DOW-UAP-D3, Mission Report, Arabian Gulf, 2020
Agency: Department of War
Page 5
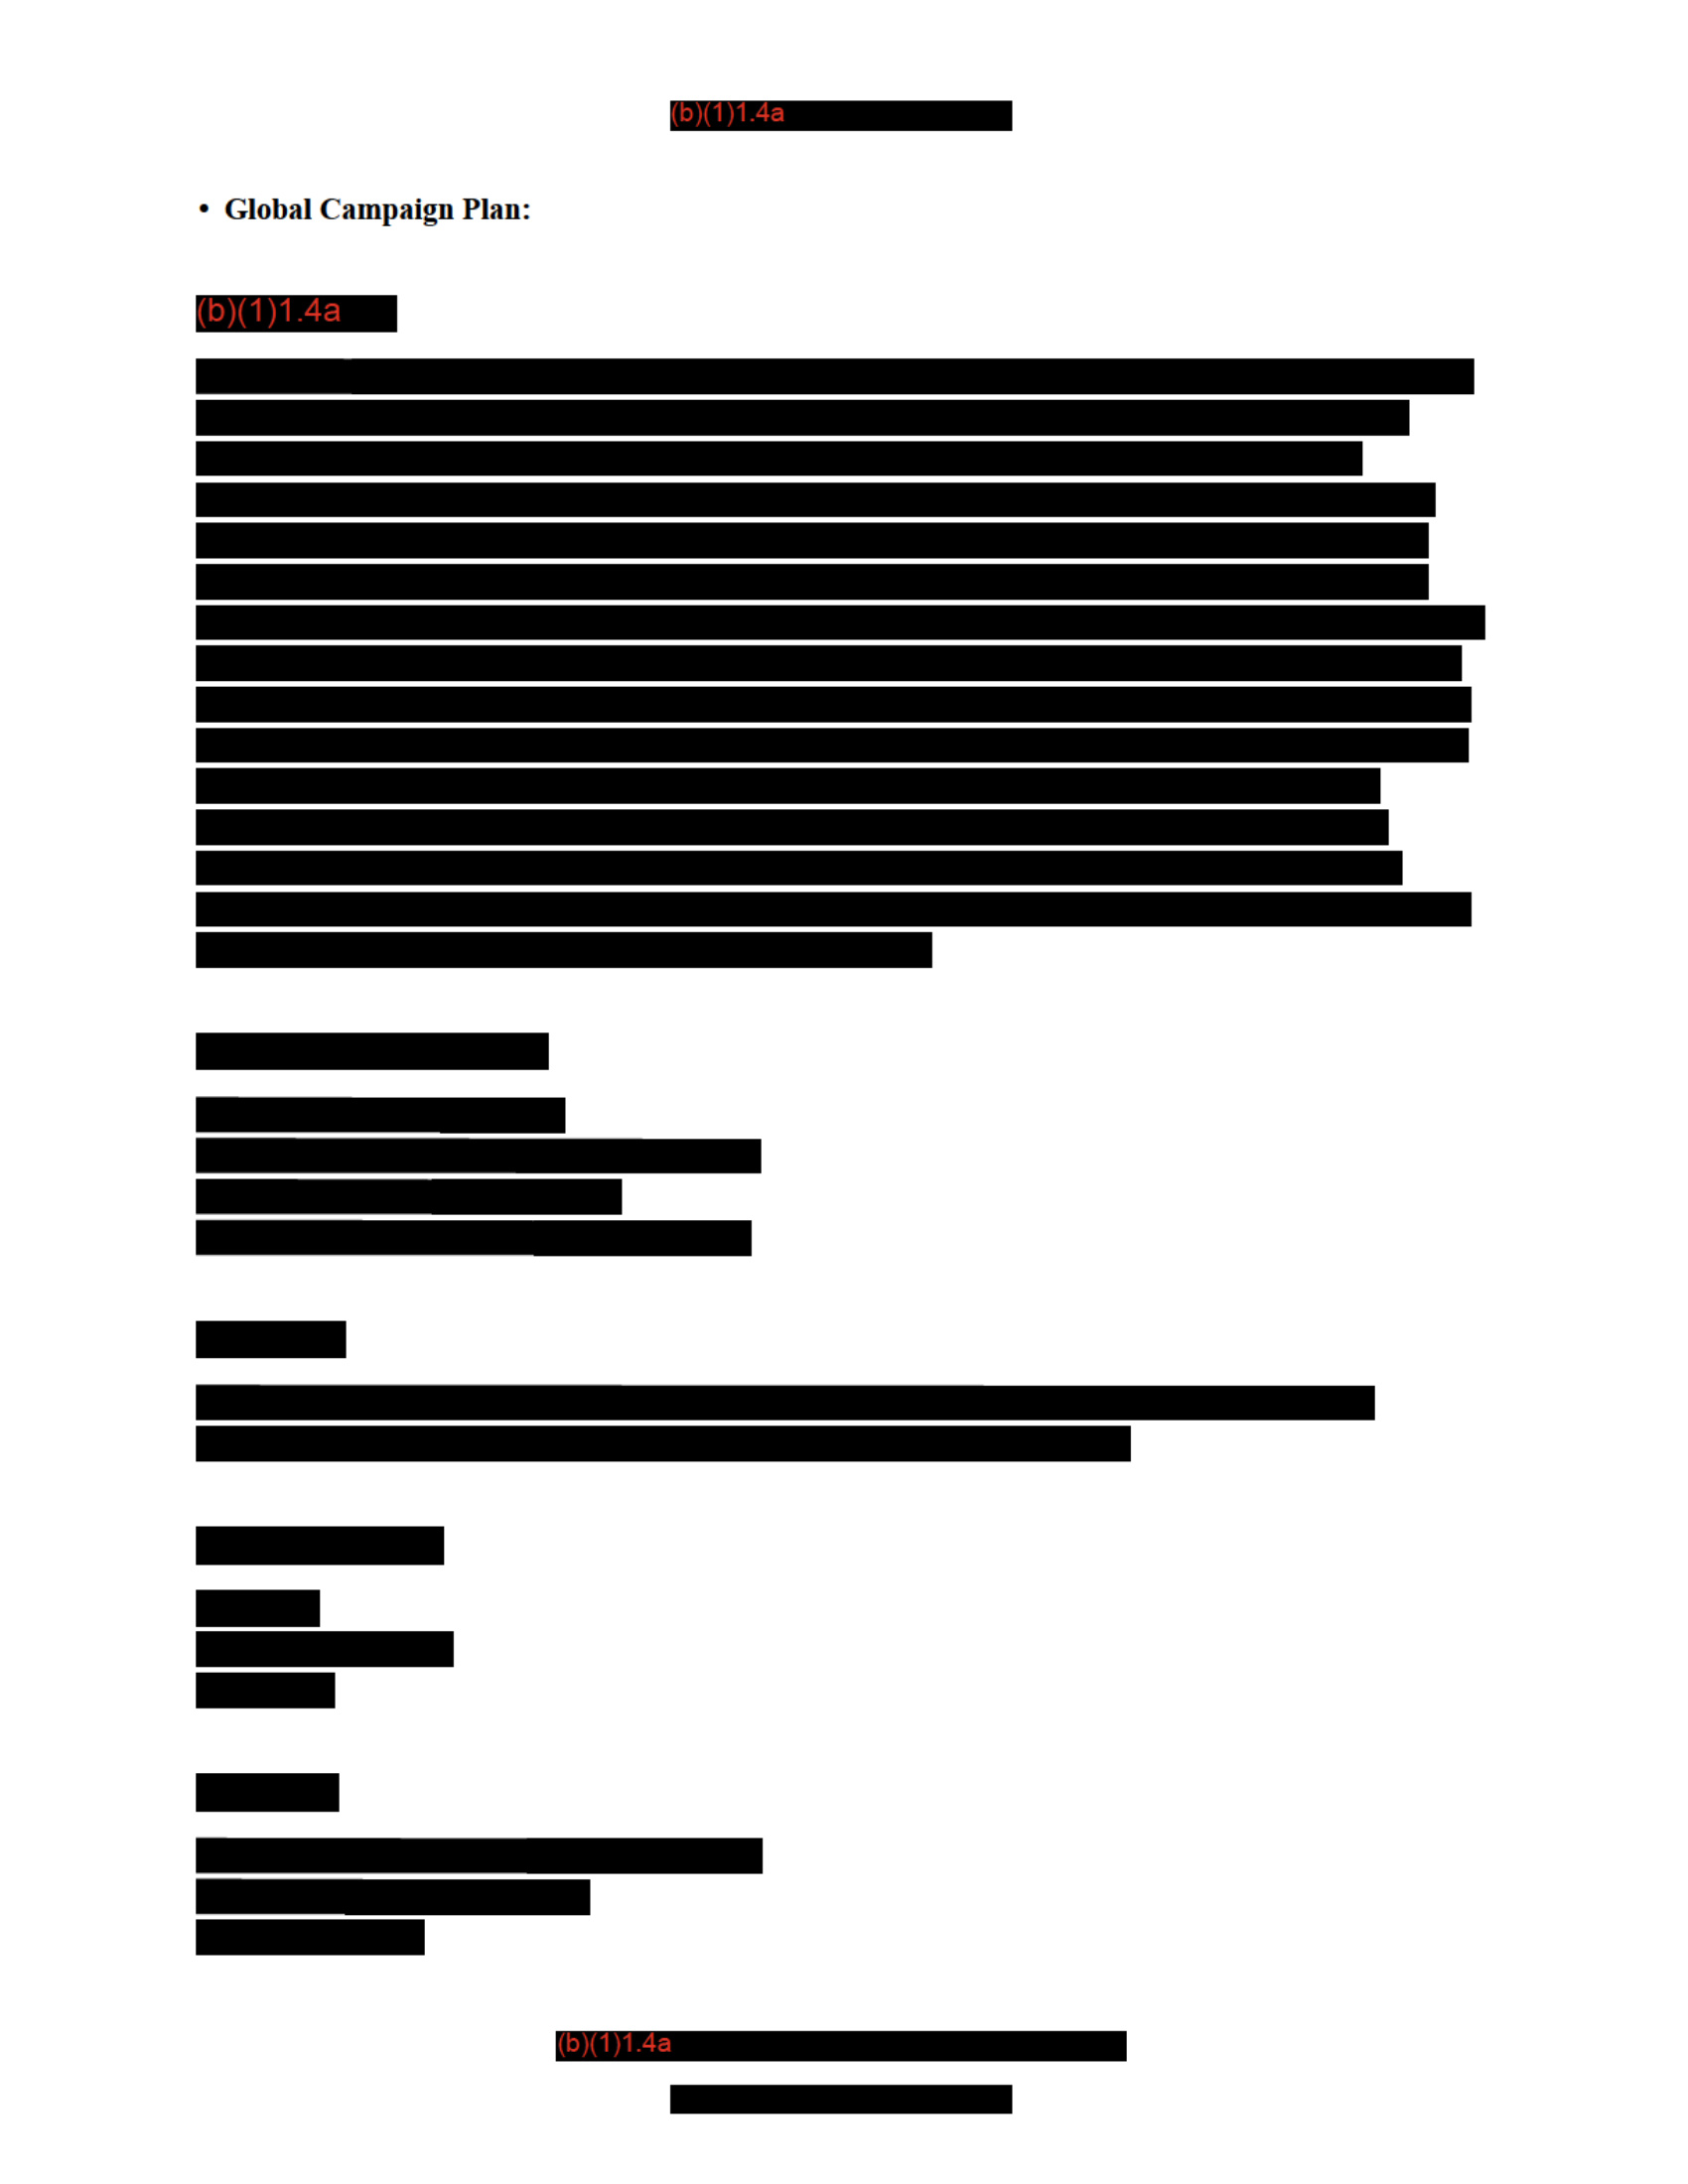